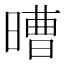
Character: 𣉿